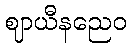
ဈာယီနညေဝ